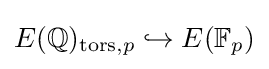
E(\mathbb {Q} )_{\mathrm {tors} ,p}\hookrightarrow E(\mathbb {F} _{p})